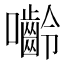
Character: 𭌿